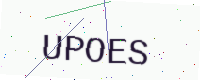
Text: UPOES